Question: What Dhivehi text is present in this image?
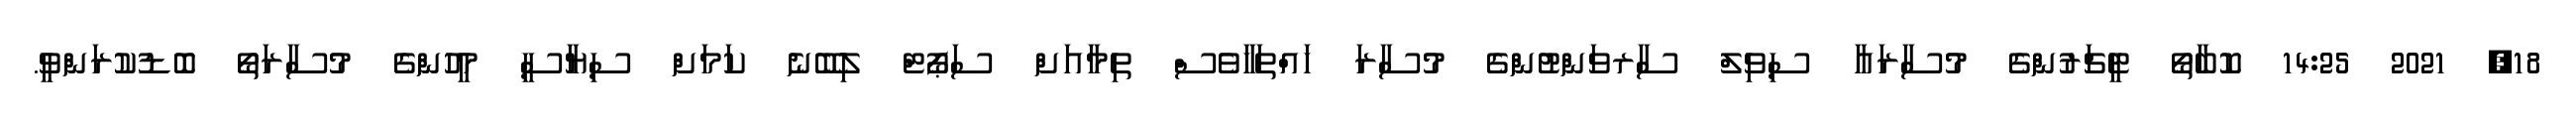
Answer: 18, 2021 14:25 ކޮބާތޯ ޓީޗަރުންގެ މުސާރައާ ސިވިލް ސާރވަންޓުންގެ މުސާރަ ހައްތަހާވެސް ތިމާއަށް ސަޕޯޓް ލިބޭނެ ކަމަށް ސިޔާސީ މީހުންގެ މުސާރަތޯ ބޮޑުކުރަންވީ.